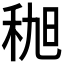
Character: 𫀯